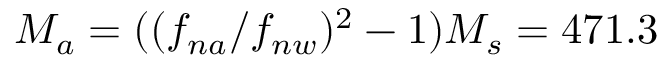
M _ { a } = ( ( f _ { n a } / f _ { n w } ) ^ { 2 } - 1 ) M _ { s } = 4 7 1 . 3